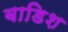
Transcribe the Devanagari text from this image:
बाडिश